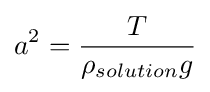
a^{2}={\frac {T}{\rho _{solution}g}}